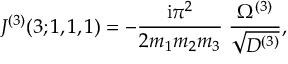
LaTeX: J ^ { ( 3 ) } ( 3 ; 1 , 1 , 1 ) = - \frac { \mathrm { i } \pi ^ { 2 } } { 2 m _ { 1 } m _ { 2 } m _ { 3 } } \; \frac { \Omega ^ { ( 3 ) } } { \sqrt { D ^ { ( 3 ) } } } ,